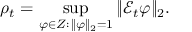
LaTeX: \rho _ { t } = \operatorname* { s u p } _ { \varphi \in Z : \, \| \varphi \| _ { 2 } = 1 } \| { \mathcal { E } } _ { t } \varphi \| _ { 2 } .